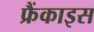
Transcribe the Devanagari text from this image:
फ्रैंकाइस